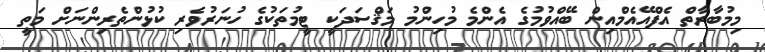
މިމުބާރާތް އެފްއޭއެމްއިން ބޭއްވުމުގެ އެންމެ މުހިންމު މަޤްސަދަކީ ޓީމުތަކުގެ ހުނަރުވެރި ކުޅުންތެރިންނަށް މަތީ